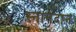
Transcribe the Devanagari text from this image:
स्नानदान